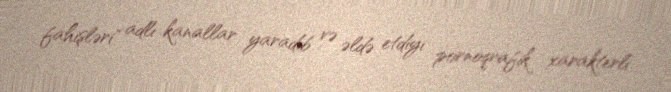
fahişləri" adlı kanallar yaradıb və əldə etdiyi pornoqrafik xarakterli